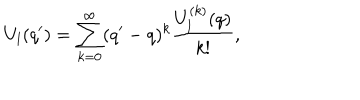
U _ { l } ( q ^ { \prime } ) = \sum _ { k = 0 } ^ { \infty } ( q ^ { \prime } - q ) ^ { k } \frac { U _ { l } ^ { ( k ) } ( q ) } { k ! } ,